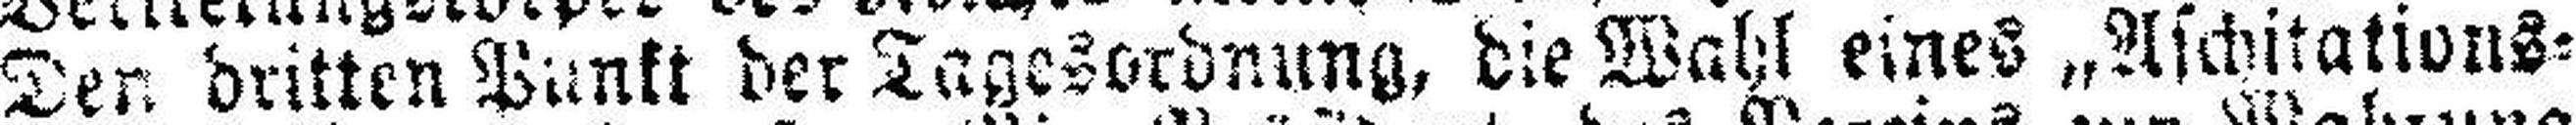
Den dritten Punkt der Tagesordnung, die Wahl eines „Aschitations=